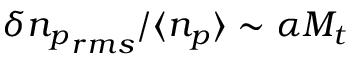
\delta { n _ { p } } _ { r m s } / \langle n _ { p } \rangle \sim \alpha M _ { t }